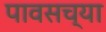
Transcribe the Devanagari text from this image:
पावसच्या